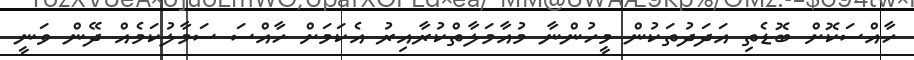
ހާއްސަކޮށް ބޮޑެތި އަދަދުތަކުން މީހުންނާ މުއާމަލާތްކުރާއިރު އެކަމަށް ހާއްސަ ސަމާލުކަމެއް ދޭން ވަނީ